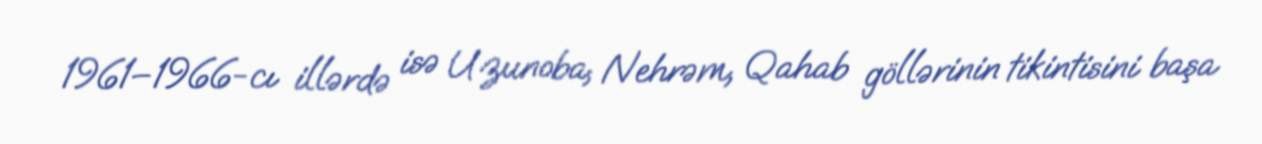
1961–1966-cı illərdə isə Uzunoba, Nehrəm, Qahab göllərinin tikintisini başa